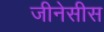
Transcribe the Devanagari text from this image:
जीनेसीस